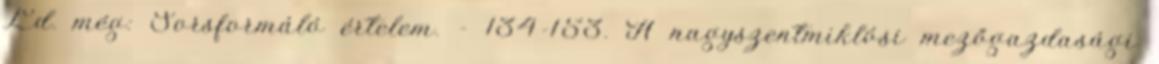
Ld. még: Sorsformáló értelem. - 134-153. A nagyszentmiklósi mezőgazdasági